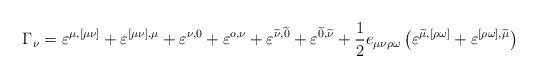
LaTeX: \begin{align*}\Gamma _\nu =\varepsilon ^{\mu ,[\mu \nu ]}+\varepsilon ^{[\mu \nu],\mu }+\varepsilon ^{\nu ,0}+\varepsilon ^{o,\nu }+\varepsilon^{\widetilde{\nu }, \widetilde{0}}+\varepsilon^{\widetilde{0},\widetilde{\nu }}+\frac 12e_{\mu \nu \rho \omega}\left( \varepsilon ^{\widetilde{\mu },[\rho \omega ]}+\varepsilon^{[\rho \omega ],\widetilde{\mu }}\right) \end{align*}